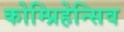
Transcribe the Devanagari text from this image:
कोम्प्रिहेन्सिव